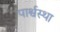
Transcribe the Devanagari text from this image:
पार्श्वस्था